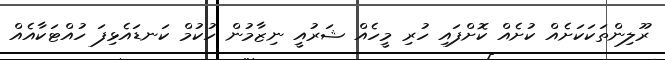
ރޫލިންތަކަކަށެއް ކުށެއް ކޮށްފައި ހުރި މީހެއް ޝަރުއީ ނިޒާމުން ހުކުމް ކަނޑައެޅިފަ ހުއްޓަކާއެއް